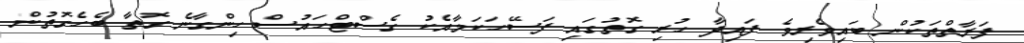
ފަރާތްތަކުން ބައިވެރިވެ ފައިދާ ހުރި ގޮތުގައި ފަސޭހަކަމާއެކު ގެސްޓްހައުސް ހިންގާނެ ގޮތާ ބެހެގޮތުން